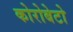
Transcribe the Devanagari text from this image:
कोरोबेटो